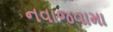
નવાજવામા